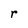
Character: r